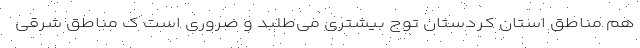
هم مناطق استان کردستان توج بیشتری می‌طلبد و ضروری است ک مناطق شرقی